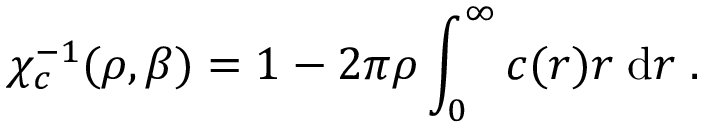
\chi _ { c } ^ { - 1 } ( \rho , \beta ) = 1 - 2 \pi \rho \int _ { 0 } ^ { \infty } c ( r ) r \; \mathrm { d } r \; .